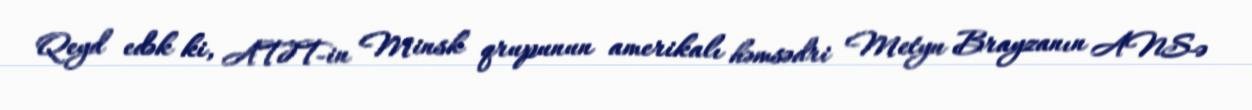
Qeyd edək ki, ATƏT-in Minsk qrupunun amerikalı həmsədri Metyu Brayzanın ANS-ə